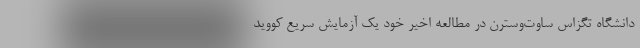
دانشگاه تگزاس ساوت‌وسترن در مطالعه اخیر خود یک آزمایش سریع کووید-